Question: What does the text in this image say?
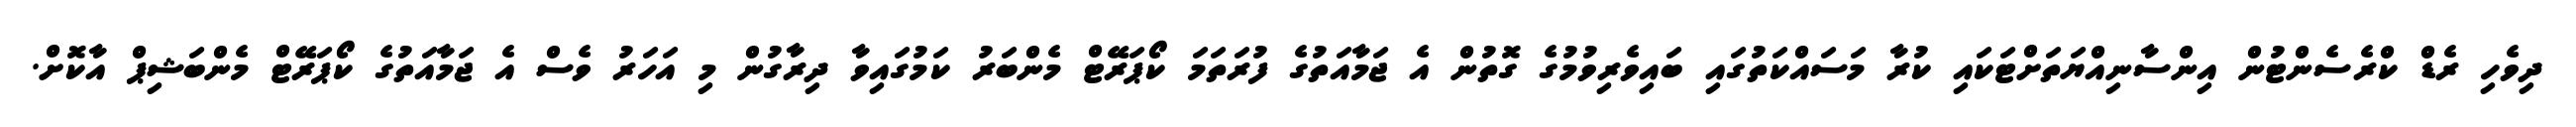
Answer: ދިވެހި ރެޑް ކްރެސެންޓުން އިންސާނިއްޔަތަށްޓަކައި ކުރާ މަސައްކަތުގައި ބައިވެރިވުމުގެ ގޮތުން އެ ޖަމާއަތުގެ ފުރަތަމަ ކޯޕަރޭޓް މެންބަރު ކަމުގައިވާ ދިރާގުން މި އަހަރު ވެސް އެ ޖަމާއަތުގެ ކޯޕަރޭޓް މެންބަޝިޕް އާކޮށް.